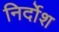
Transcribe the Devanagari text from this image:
निर्दोश